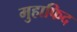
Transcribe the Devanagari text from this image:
मुहाफिद